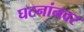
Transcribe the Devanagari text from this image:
घटनांनवर